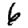
Digit: 6